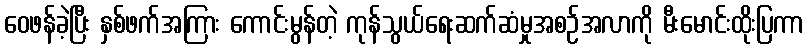
ဝေဖန်ခဲ့ပြီး နှစ်ဖက်အကြား ကောင်းမွန်တဲ့ ကုန်သွယ်ရေးဆက်ဆံမှုအစဉ်အလာကို မီးမောင်းထိုးပြကာ